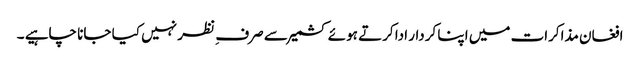
افغان مذاکرات میں اپنا کردار ادا کرتے ہوئے کشمیر سے صرف ِ نظر نہیں کیا جانا چاہیے ۔